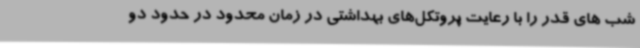
شب های قدر را با رعایت پروتکل‌های بهداشتی در زمان محدود در حدود دو